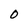
Character: O